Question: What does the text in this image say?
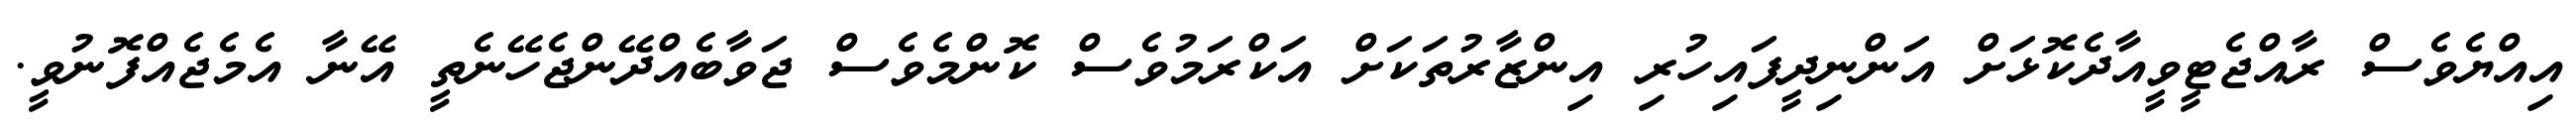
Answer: އިއްޔެވެސް ރާއްޖެޓީވީއާދެކޮޅަށް އަންނިދީފައިހުރި އިންޒާރުތަކަށް އަކްރަމުވެސް ކޮންމެވެސް ޖަވާބެއްދޭންޖެހޭނެތީ އޭނާ އެމެޖެއްފޮނުވީ.